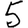
Digit: 5